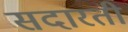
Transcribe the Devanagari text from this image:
सदारती